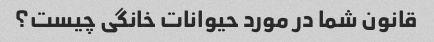
قانون شما در مورد حیوانات خانگی چیست؟